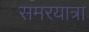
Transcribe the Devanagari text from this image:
समरयात्रा